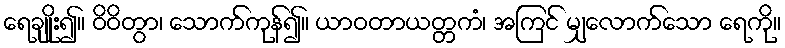
ရေချိုး၍။ ဝိဝိတွာ၊ သောက်ကုန်၍။ ယာဝတာယတ္တကံ၊ အကြင် မျှလောက်သော ရေကို။